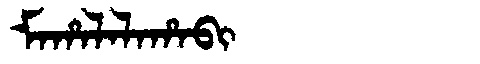
Manchu: ᠮᠠᡥᠠᠯᠠᠯᠠᡥᠠᠪᡳ
Romanization: MAHALALAHABI